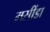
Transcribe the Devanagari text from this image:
मसींडा